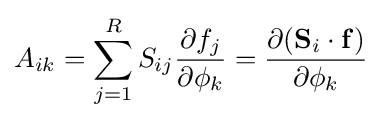
A_{ik}=\sum _{j=1}^{R}S_{ij}{\frac {\partial f_{j}}{\partial \phi _{k}}}={\frac {\partial (\mathbf {S} _{i}\cdot \mathbf {f} )}{\partial \phi _{k}}}